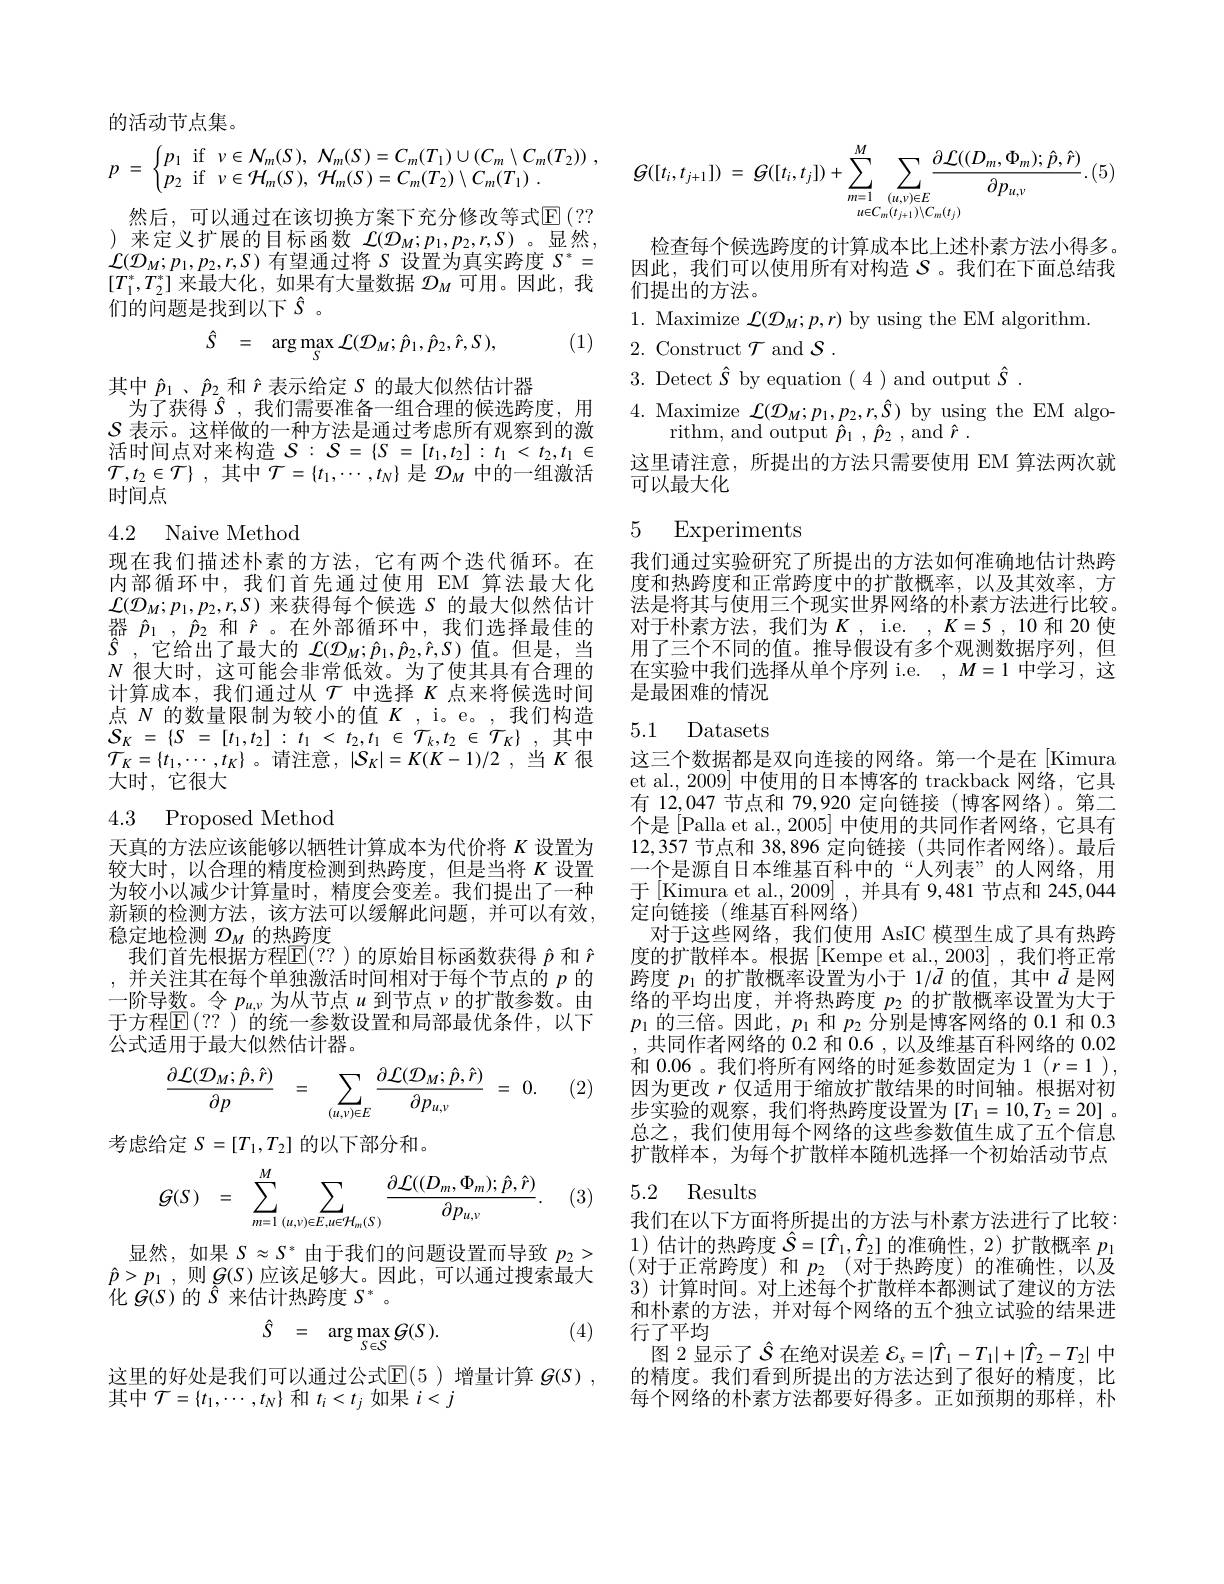
的活动节点集。
$$\begin{aligned}&p\:=\:\begin{cases}p_1&\text{if}\:\nu\in\mathcal{N}_m(S),\:\mathcal{N}_m(S)=C_m(T_1)\cup(C_m\setminus C_m(T_2))\:,\\p_2&\text{if}\:\nu\in\mathcal{H}_m(S),\:\mathcal{H}_m(S)=C_m(T_2)\setminus C_m(T_1)\:.\end{cases}\quad G([t_i,t_{j+1}])\:=\:G([t_i,t_j])+\sum_{m=1}^{M}\sum_{u\in C_m(t_{j+1})(C_m(t_j))}\frac{\partial\mathcal{L}((D_m,\Phi_m);\hat{p},\hat{r})}{\partial p_{u,\nu}}.\\&\text{然后,可以通过在该切换方案下充分修改等式}\mathbb{E}(??\end{aligned}$$
)来定义扩展的目标函数 $\mathcal{L}(\mathcal{D}_M;p_1,p_2,r,S)$。显然， $\begin{array}{l}{\mathcal{L}(\mathcal{D}_M;p_1,p_2,r,S)\text{ 有望通过将 }S\text{ 设置为真实跨度 }S^*=}\\{[T_1^*,T_2^*]\text{ 来最大化，如果有大量数据 }\mathcal{D}_M\text{ 可用。因此，我}}\end{array}$ $\bar{\text{们的问题是找到以下 }\hat{S}}$。
$$\hat{S}\quad=\quad\arg\max_{S}\mathcal{L}(\mathcal{D}_{M};\hat{p}_{1},\hat{p}_{2},\hat{r},S),$$
(1)

其中$\hat{p} _{1}$ , $\hat{p} _{2}$和$\hat{r}$表示给定 S 的最大似然估计器
为了获得$\hat{S}$ ,我们需要准备一组合理的候选跨度，用$\mathcal{S}$表示。这样做的一种方法是通过考虑所有观察到的激活时间点对来构造$S:S=\{S=[t_1,t_2]:t_1<t_2,t_1\in$ $\mathcal{T} , t_2\in \mathcal{T} \}$ ,其中$\mathcal{T}=\{t_1,\cdots,t_N\}$是$\mathcal{D}_M$中的一组激活时间点

# 4.2 Naive Method

现在我们描述朴素的方法，它有两个迭代循环。在内部循环中，我们首先通过使用 EM 算法最大化$\mathcal{L}(\mathcal{D}_M;p_1,p_2,r,S)$来获得每个候选 S 的最大似然估计器$\hat{p}_1,\hat{p}_2$和$\hat{r}$。在外部循环中，我们选择最佳的$\hat{S}$ ,它给出了最大的 $\mathcal L(\mathcal{O}_M;\hat{p}_1,\hat{p}_2,\hat{r},S)$ 值。但是，当$N$很大时，这可能会非常低效。为了使其具有合理的计算成本，我们通过从$\mathcal{T}$中选择$K$点来将候选时间点$N$的数量限制为较小的值$K$ , i。e。,我们构造$\mathcal{S} _{K}$ = $\{ S$ = $[ t_{1}, t_{2}]$ : $t_{1}$ < $t_{2}, t_{1}$ $\in$ $\mathcal{T} _{k}, t_{2}$ $\in$ $\mathcal{T} _{K}\}$ , 其中$\mathcal{T}_{K}=\{t_{1},\cdots,t_{K}\}$ 。请注意$,|\mathcal{S}_K|=K(K-1)/2$ ,当 $K$ 很大时，它很大

## 4.3 Proposed Method

天真的方法应该能够以牺牲计算成本为代价将$K$设置为较大时，以合理的精度检测到热跨度，但是当将$K$设置为较小以减少计算量时，精度会变差。我们提出了一种新颖的检测方法，该方法可以缓解此问题，并可以有效， 稳定地检测$\mathcal{D}_M$的热跨度
我们首先根据方程$\overline{\mathbb{E}}(??)$的原始目标函数获得$\hat{p}$和$\hat{r}$ ,并关注其在每个单独激活时间相对于每个节点的$p$的一阶导数。令$p_u,\nu$为从节点$u$到节点$\nu$的扩散参数。由于方程$\mathbb{E}(??)$ 的统一参数设置和局部最优条件，以下公式适用于最大似然估计器。

(2)
$$\begin{array}{rcl}\dfrac{\partial\mathcal{L}(\mathcal{D}_M;\hat{p},\hat{r})}{\partial p}&=&\displaystyle\sum_{(u,v)\in E}\dfrac{\partial\mathcal{L}(\mathcal{D}_M;\hat{p},\hat{r})}{\partial p_{u,v}}&=&0.\end{array}$$
考虑给定$S=[T_1,T_2]$的以下部分和。
$$G(S)\quad=\quad\sum_{m=1}^{M}\sum_{(u,v)\in E,u\in\mathcal{H}_{m}(S)}\frac{\partial\mathcal{L}((D_{m},\Phi_{m});\hat{p},\hat{r})}{\partial p_{u,v}}.$$
(3)

显然，如果$S\approx S^*$由于我们的问题设置而导致$p_2>$ $\hat{p} > p_1$ ,则$G(S)$应该足够大。因此，可以通过搜索最大化$\dot{G}(S)$的$\hat{S}$来估计热跨度$S^*$。

(4)
$$\hat{S}\quad=\quad\arg\max_{S\in S}G(S\:).$$
这里的好处是我们可以通过公式$\mathbb{E}(5$ )增量计算 $g(S)$,
其中$\mathcal{T}=\{t_{1},\cdots,t_{N}\}$和$t_i<t_{j}$如果$i<j$

检查每个候选跨度的计算成本比上述朴素方法小得多。因此，我们可以使用所有对构造$S$ 。我们在下面总结我们提出的方法。
1. Maximize $\mathcal{L}(\mathcal{D}_M;p,r)$ by using the EM algorithm.
2. Construct $\mathcal{T}$ and $\mathcal{S}.$
3. Detect $\hat{S}$ by equation (4) and output $\hat{S}.$
4. Maximize $\mathcal{L}(\mathcal{D}_{M};p_{1},p_{2},r,\hat{S})$ by using the EM algo-
rithm, and output $\hat{p}_{1}~,~\hat{p}_{2}~,~$and $\hat{r}~.$
这里请注意，所提出的方法只需要使用 EM 算法两次就
可以最大化

## 5 Experiments

我们通过实验研究了所提出的方法如何准确地估计热跨度和热跨度和正常跨度中的扩散概率，以及其效率，方法是将其与使用三个现实世界网络的朴素方法进行比较。对于朴素方法，我们为$K$,i.e.$,K=5,10$ 和 20 使用了三个不同的值。推导假设有多个观测数据序列，但在实验中我们选择从单个序列 i.e. $,M=1$中学习，这是最困难的情况

### 5.1 Datasets

这三个数据都是双向连接的网络。第一个是在[Kimura et al., 2009] 中使用的日本博客的 trackback 网络，它具有 12,047 节点和 79,920 定向链接(博客网络)。第二个是 [Palla et al., 2005] 中使用的共同作者网络，它具有12,357 节点和 38,896 定向链接 (共同作者网络)。最后一个是源自日本维基百科中的“人列表”的人网络，用于[Kimura et al., 2009] , 并具有 9,481 节点和 245,044定向链接(维基百科网络)
对于这些网络，我们使用 AsIC 模型生成了具有热跨度的扩散样本。根据[Kempe et al.,2003],我们将正常跨度$p_1$的扩散概率设置为小于 1$/\bar{d}$的值，其中$\bar{d}$是网络的平均出度，并将热跨度$p_2$的扩散概率设置为大于$p_1$的三倍。因此$,p_1$和$p_2$分别是博客网络的0.1和0.3 ,共同作者网络的 0.2 和 0.6 , 以及维基百科网络的 0.02和 0.06 。我们将所有网络的时延参数固定为 1 ( r= 1 ), 因为更改$r$仅适用于缩放扩散结果的时间轴。根据对初步实验的观察，我们将热跨度设置为[$T_1= 10, T_2= 20]$ 。总之，我们使用每个网络的这些参数值生成了五个信息扩散样本，为每个扩散样本随机选择一个初始活动节点

# 5.2 Results

我们在以下方面将所提出的方法与朴素方法进行了比较： 1)估计的热跨度$\hat{S}=[\hat{T}_1,\hat{T}_2]$的准确性，2)扩散概率$p_1$ (对于正常跨度)和 $p_2$ (对于热跨度)的准确性，以及3)计算时间。对上述每个扩散样本都测试了建议的方法和朴素的方法，并对每个网络的五个独立试验的结果进行了平均
图 2 显示了$\hat{S}$在绝对误差$\mathcal{E}_s=|\hat{T}_1-T_1|+|\hat{T}_2-T_2|$中的精度。我们看到所提出的方法达到了很好的精度，比每个网络的朴素方法都要好得多。正如预期的那样，朴